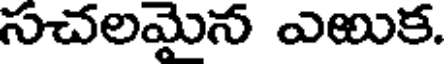
సచలమైన ఎఱుక.